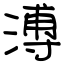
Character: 溥